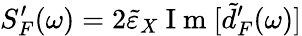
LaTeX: S_{F}^{\prime}(\omega)=2\tilde{\varepsilon}_{X}\mathrm{~I~m~}[\tilde{d}_{F}^{\prime}(\omega)]